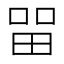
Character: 㽞